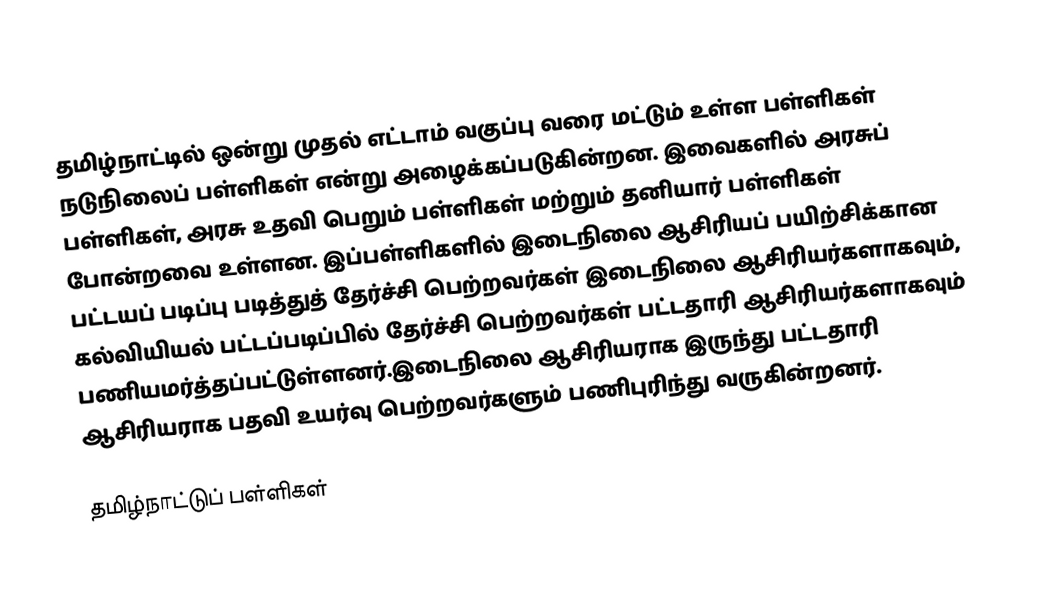
தமிழ்நாட்டில் ஒன்று முதல் எட்டாம் வகுப்பு வரை மட்டும் உள்ள பள்ளிகள் நடுநிலைப் பள்ளிகள் என்று அழைக்கப்படுகின்றன. இவைகளில் அரசுப் பள்ளிகள், அரசு உதவி பெறும் பள்ளிகள் மற்றும் தனியார் பள்ளிகள் போன்றவை உள்ளன. இப்பள்ளிகளில் இடைநிலை ஆசிரியப் பயிற்சிக்கான பட்டயப் படிப்பு படித்துத் தேர்ச்சி பெற்றவர்கள் இடைநிலை ஆசிரியர்களாகவும், கல்வியியல் பட்டப்படிப்பில் தேர்ச்சி பெற்றவர்கள் பட்டதாரி ஆசிரியர்களாகவும் பணியமர்த்தப்பட்டுள்ளனர்.இடைநிலை ஆசிரியராக இருந்து பட்டதாரி ஆசிரியராக பதவி உயர்வு பெற்றவர்களும் பணிபுரிந்து வருகின்றனர்.

தமிழ்நாட்டுப் பள்ளிகள்